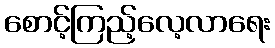
စောင့်ကြည့်လေ့လာရေး